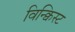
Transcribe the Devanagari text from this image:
विन्क्विस्ट